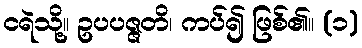
ငရဲသို့။ ဥပပဇ္ဇတိ၊ ကပ်၍ ဖြစ်၏။ (၁)